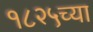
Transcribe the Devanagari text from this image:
१८२५च्या